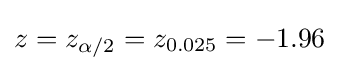
z=z_{\alpha /2}=z_{0.025}=-1.96